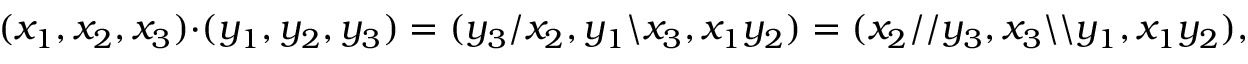
( x _ { 1 } , x _ { 2 } , x _ { 3 } ) \cdot ( y _ { 1 } , y _ { 2 } , y _ { 3 } ) = ( y _ { 3 } / x _ { 2 } , y _ { 1 } \backslash x _ { 3 } , x _ { 1 } y _ { 2 } ) = ( x _ { 2 } / / y _ { 3 } , x _ { 3 } \backslash \backslash y _ { 1 } , x _ { 1 } y _ { 2 } ) ,